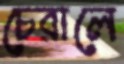
চেরালে